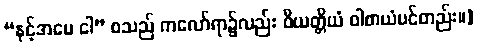
“နင့်အမေ ငါ” စသည် ကလော်ရာ၌လည်း ဝိယတ္တိယံ ဝါစာယံပင်တည်း။]